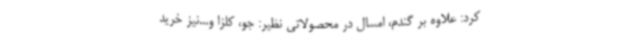
کرد: علاوه بر گندم، امسال در محصولاتی نظیر: جو، کلزا و...نیز خرید